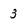
Character: 3